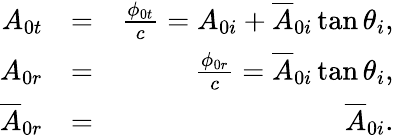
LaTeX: \begin{array}{rlr}{A_{0t}}&{=}&{\frac{\phi_{0t}}{c}=A_{0i}+\overline{{A}}_{0i}\tan\theta_{i},}\\ {A_{0r}}&{=}&{\frac{\phi_{0r}}{c}=\overline{{A}}_{0i}\tan\theta_{i},}\\ {\overline{{A}}_{0r}}&{=}&{\overline{{A}}_{0i}.}\end{array}